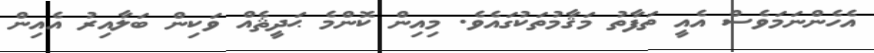
އެހެންނަމަވެސް އެއީ ތަފާތު މަޤާމުތަކުގައެވެ. މިއިން ކޮންމެ ޙަދީޘެއް ވަކިން ބަލާއިރު އެއިން